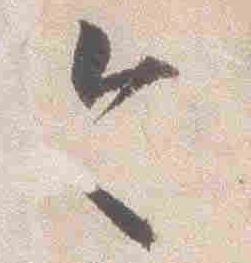
今